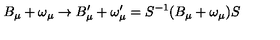
B _ { \mu } + \omega _ { \mu } \rightarrow B _ { \mu } ^ { \prime } + \omega _ { \mu } ^ { \prime } = S ^ { - 1 } ( B _ { \mu } + \omega _ { \mu } ) S